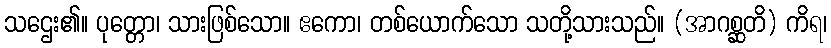
သဌေး၏။ ပုတ္တော၊ သားဖြစ်သော။ ဧကော၊ တစ်ယောက်သော သတို့သားသည်။ (အာဂစ္ဆတိ) ကိရ၊